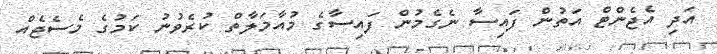
އަދި އެޖެންޓް އަތުން ފައިސާ ނެގެމުން ފައިސާގެ މުއާމަލާތް ކުރެވުނު ކަމުގެ މެސެޖެއް